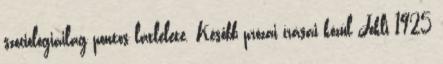
szociológiailag pontos látlelete. Később prózai írásai közül Jokli 1925